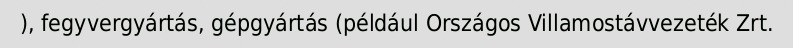
), fegyvergyártás, gépgyártás (például Országos Villamostávvezeték Zrt.